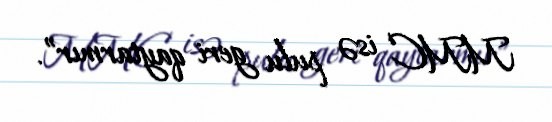
MMC isə pulu geri qaytarmır”.